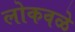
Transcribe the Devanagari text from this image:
लोकवळे